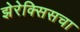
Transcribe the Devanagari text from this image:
झेरेक्सिसचा